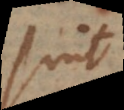
sint